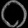
Digit: ၀